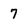
Character: 7